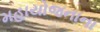
મહાયોજનાના